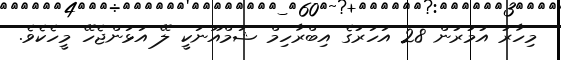
މިހާރު އުމުރުން 28 އަހަރުގެ އިބްރާހިމް ޝަމްއޫނަކީ ލޭ އަޅަންޖެހޭ މީހެކެވެ.